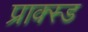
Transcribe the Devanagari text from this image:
प्राक्स्ड